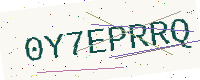
Text: 0Y7EPRRQ